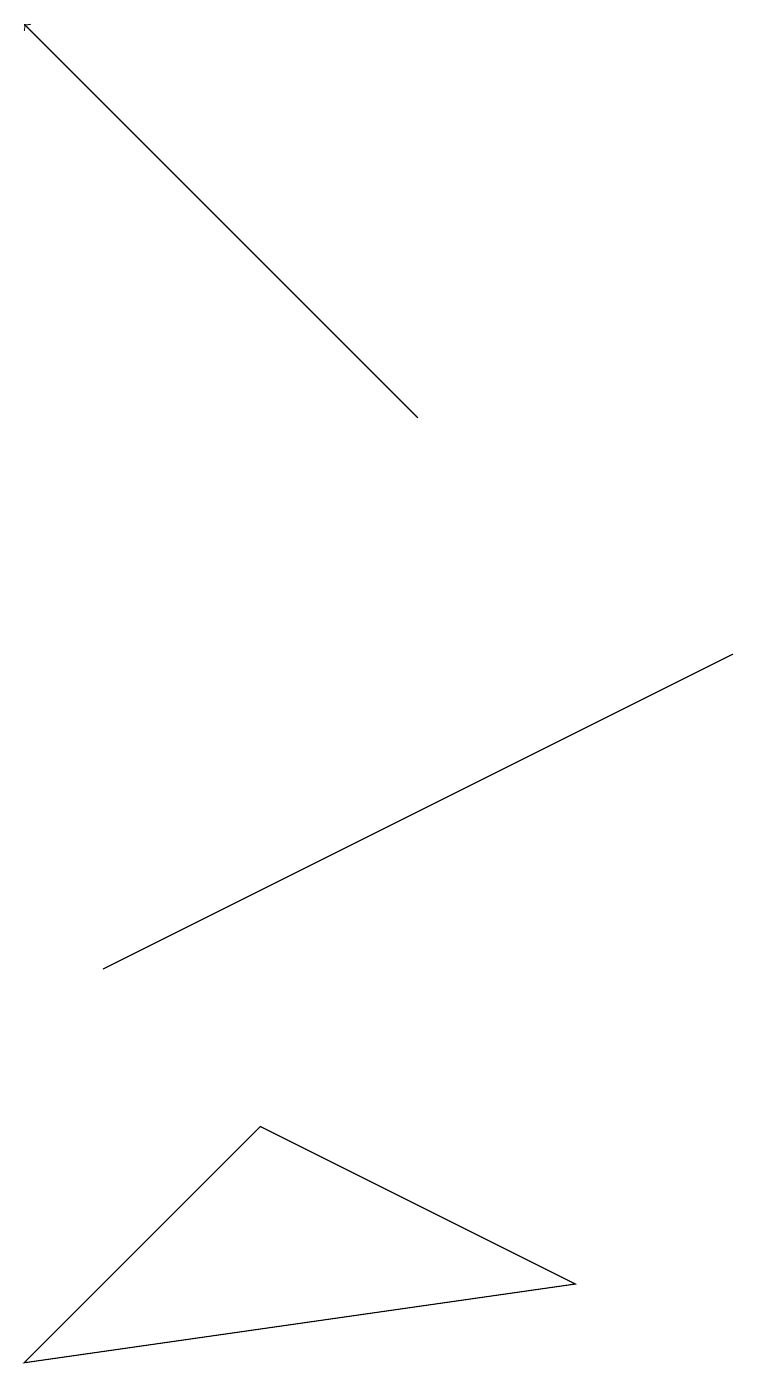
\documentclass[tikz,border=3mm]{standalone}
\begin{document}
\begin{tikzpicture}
\draw[->] (5,12) -- (0,17);
\draw (9,9) -- (3,6) -- (1,5) -- cycle;
\draw (0,0) -- (7,1) -- (3,3) -- cycle;
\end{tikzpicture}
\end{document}